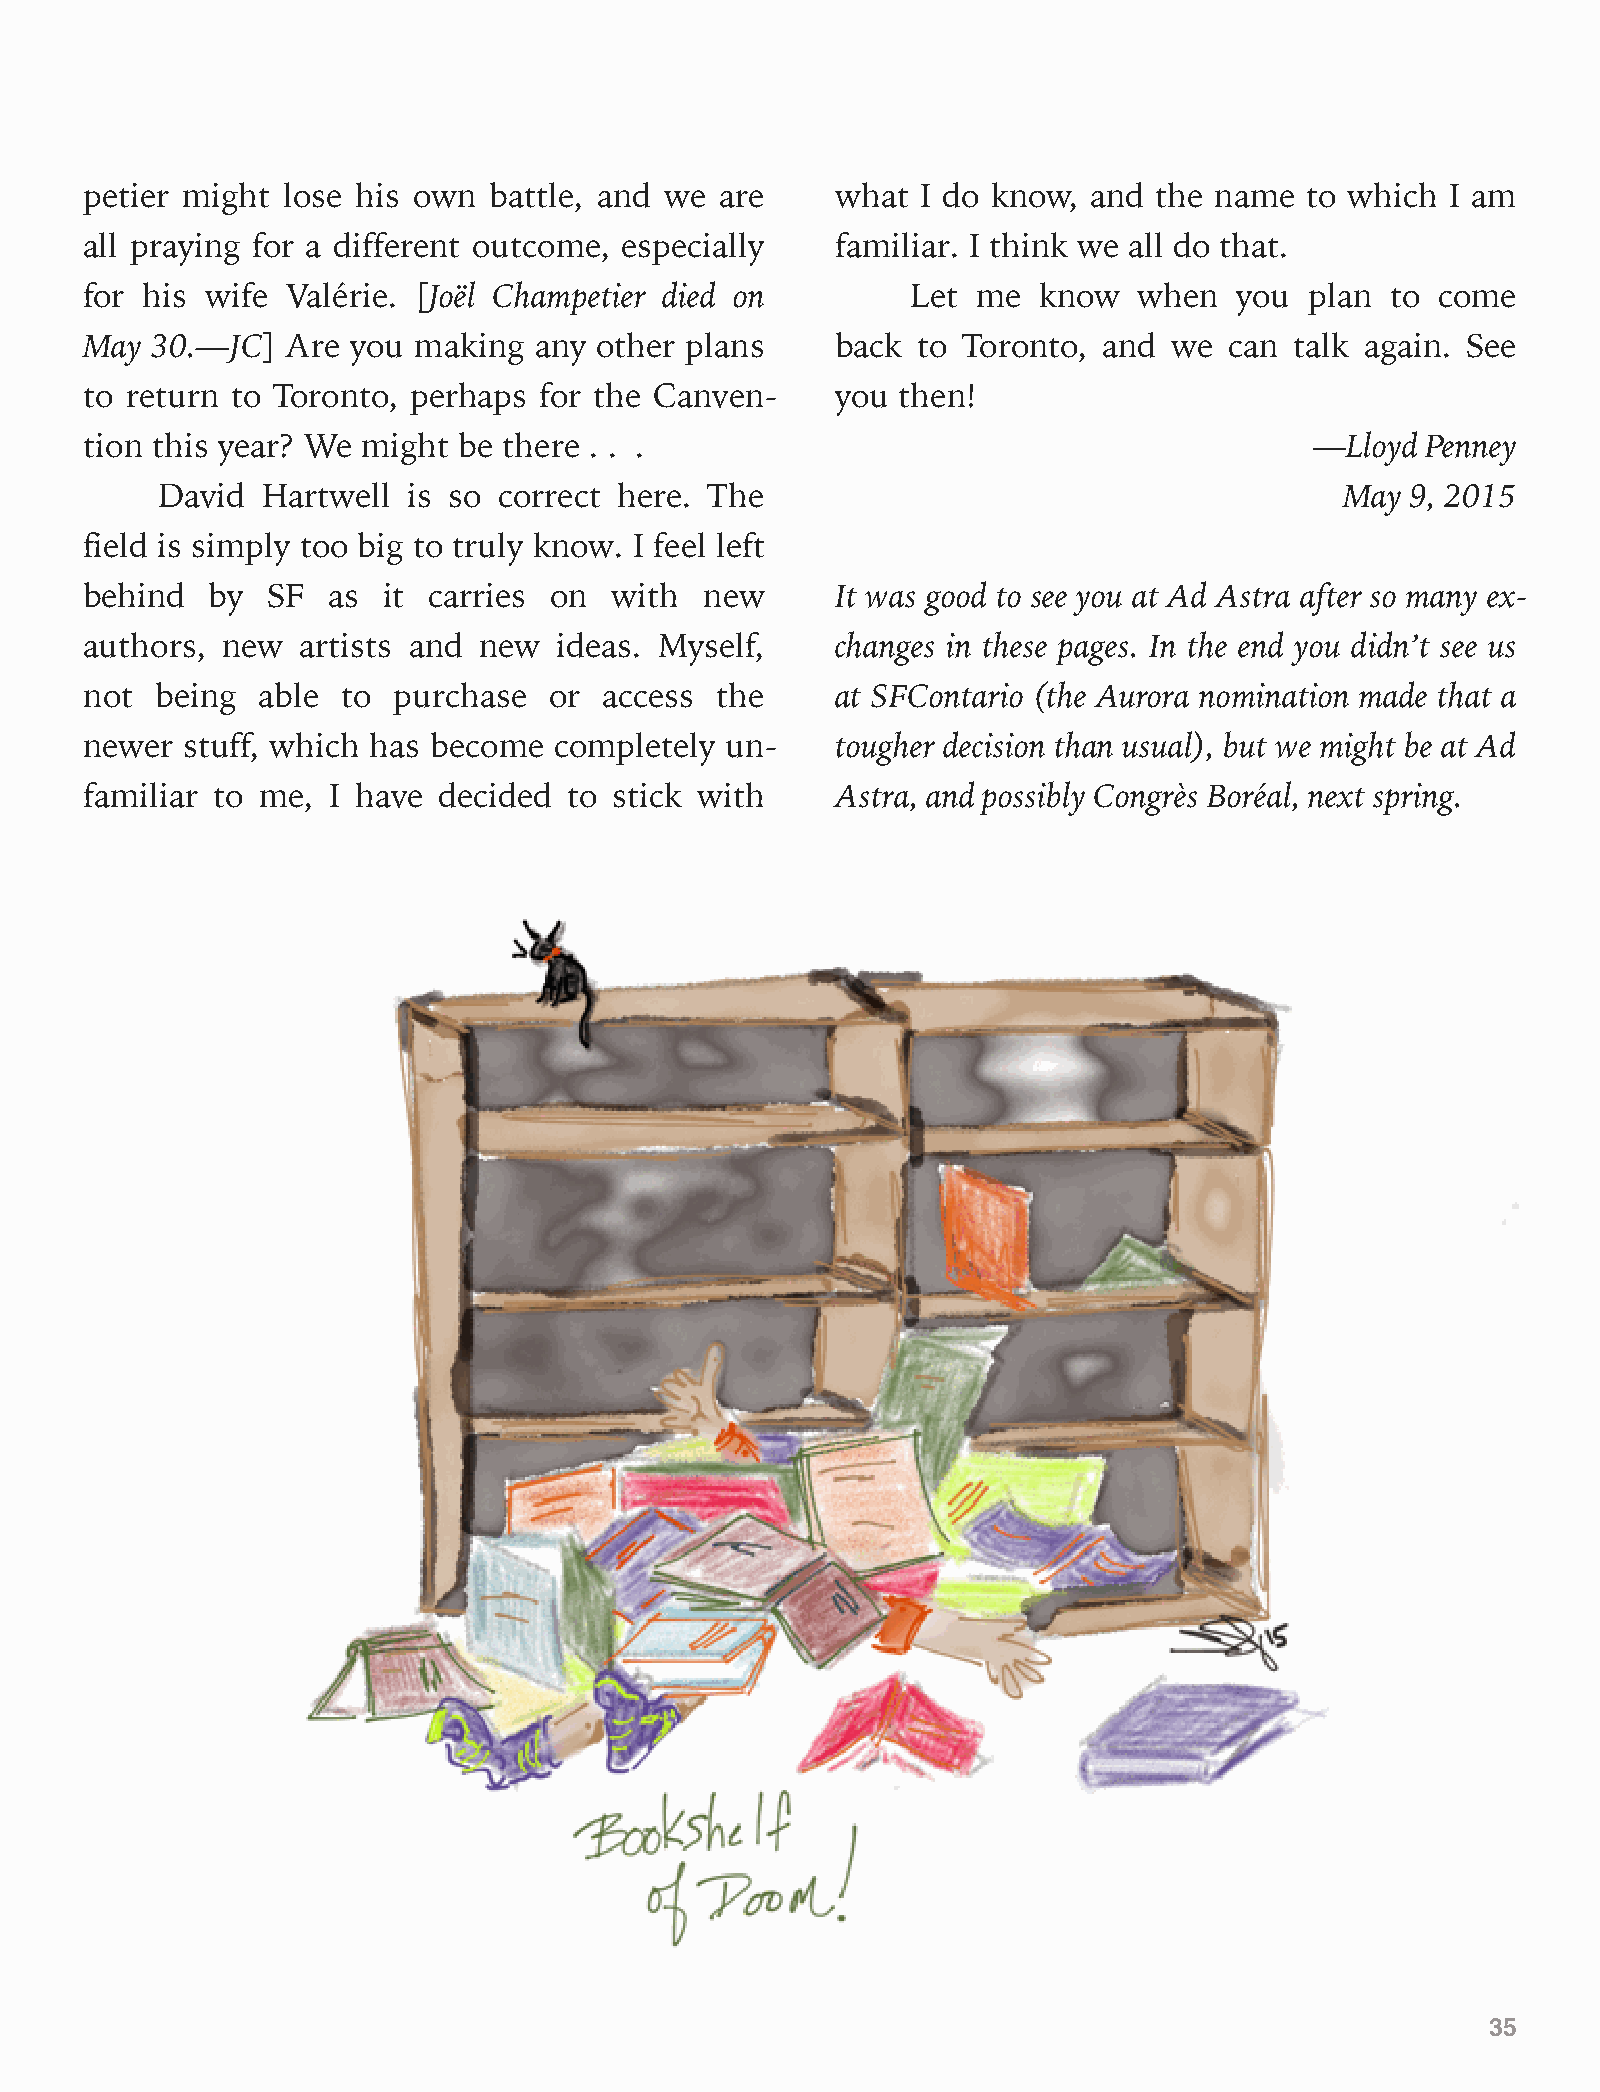
petier might lose his own battle, and we  are    what  I do know, and the name  to which  I am
 all praying for a different outcome, especially  familiar. I think we all do that.
 for his wife Valérie. [Joël Champetier died on        Let  me  know  when   you  plan to come
 May 30.—JC]  Are you making  any other plans     back  to Toronto, and  we can  talk again. See
 to return to Toronto, perhaps for the Canven-    you  then!
 tion this year? We might be there . . .                                          —Lloyd Penney
 David  Hartwell  is so correct here. The                                       May 9, 2015
 field is simply too big to truly know. I feel left
 behind  by  SF  as it carries on   with  new     It was good to see you at Ad Astra after so many ex-
 authors, new  artists and new  ideas. Myself,    changes in these pages. In the end you didn’t see us
 not being  able  to purchase  or  access the     at SFContario (the Aurora nomination made that a
 newer stuff, which has become  completely un-    tougher decision than usual), but we might be at Ad
 familiar to me, I have decided  to stick with    Astra, and possibly Congrès Boréal, next spring.
 35